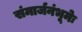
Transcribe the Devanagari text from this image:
संमार्जनंभूमेः